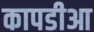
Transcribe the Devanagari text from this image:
कापडीआ